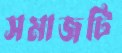
সমাজটি